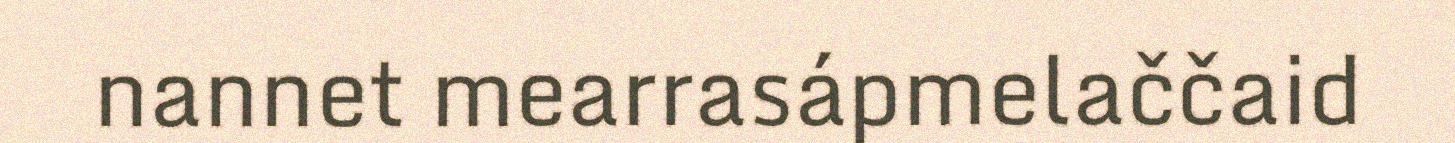
nannet mearrasápmelaččaid